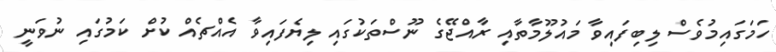
ހަމަގައިމުވެސް ލިބިފައިވާ މައުލޫމާތާއި ރާއްޖޭގެ ނޫސްތަކުގައި ލިޔެފައިވާ އެއްޗެއް ކުށް ކަމުގައި ނުވަނީ